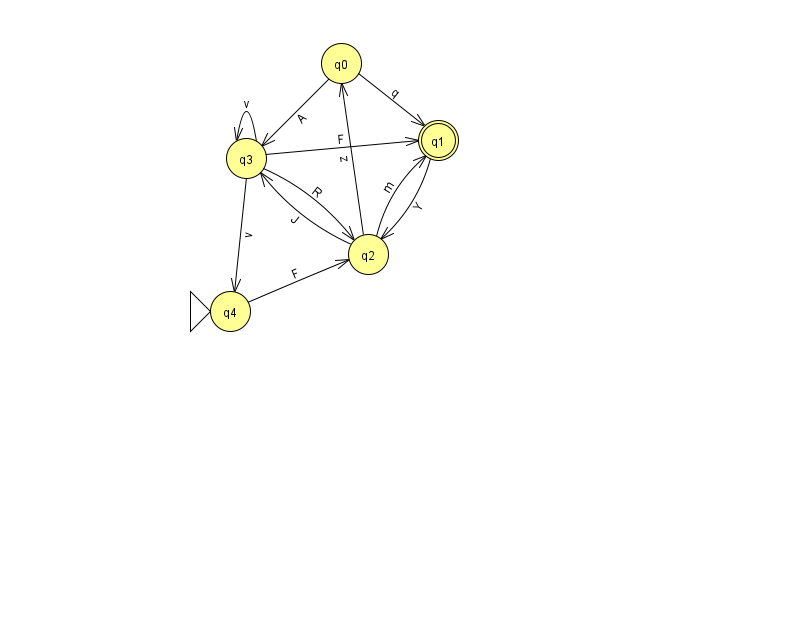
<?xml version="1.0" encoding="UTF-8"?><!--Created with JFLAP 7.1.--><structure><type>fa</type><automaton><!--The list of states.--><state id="0" name="q0"><x>341.0</x><y>50.0</y></state><state id="1" name="q1"><x>438.0</x><y>127.0</y><final/></state><state id="2" name="q2"><x>368.0</x><y>241.0</y></state><state id="3" name="q3"><x>246.0</x><y>145.0</y></state><state id="4" name="q4"><x>230.0</x><y>298.0</y><initial/></state><!--The list of transitions.--><transition><from>2</from><to>1</to><read>m</read></transition><transition><from>2</from><to>0</to><read>z</read></transition><transition><from>4</from><to>2</to><read>F</read></transition><transition><from>2</from><to>3</to><read>J</read></transition><transition><from>0</from><to>3</to><read>A</read></transition><transition><from>1</from><to>2</to><read>Y</read></transition><transition><from>3</from><to>3</to><read>v</read></transition><transition><from>0</from><to>1</to><read>q</read></transition><transition><from>3</from><to>1</to><read>F</read></transition><transition><from>3</from><to>2</to><read>R</read></transition><transition><from>3</from><to>4</to><read>v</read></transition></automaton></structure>